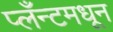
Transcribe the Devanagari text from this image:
प्लँन्टमधून